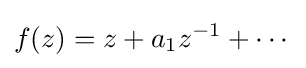
f(z)=z+a_{1}z^{-1}+\cdots